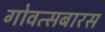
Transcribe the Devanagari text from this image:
गोवत्सबारस